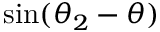
\mathrm { s i n } ( \theta _ { 2 } - \theta )